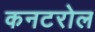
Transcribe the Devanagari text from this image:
कनटरोल